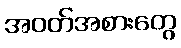
အဝတ်အစားတွေ